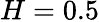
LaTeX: H=0.5